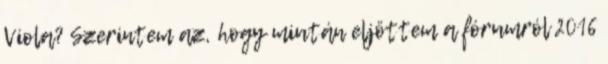
Viola? Szerintem az, hogy miután eljöttem a fórumról 2016